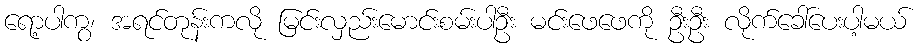
ရော့ပါကွ၊ အရင်တုန်းကလို မြင်းလှည်းမောင်းစမ်းပါဦး မင်းဖေဖေကို ဦးဦး လိုက်ခေါ်ပေးပါ့မယ်